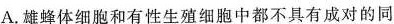
A.雄蜂体细胞和有性生殖细胞中都不具有成对的同